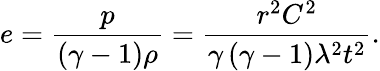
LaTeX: e=\frac{p}{\left(\gamma-1\right)\rho}=\frac{r^{2}C^{2}}{\gamma\left(\gamma-1\right)\lambda^{2}t^{2}}.